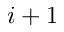
i + 1